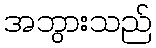
အဘွားသည်